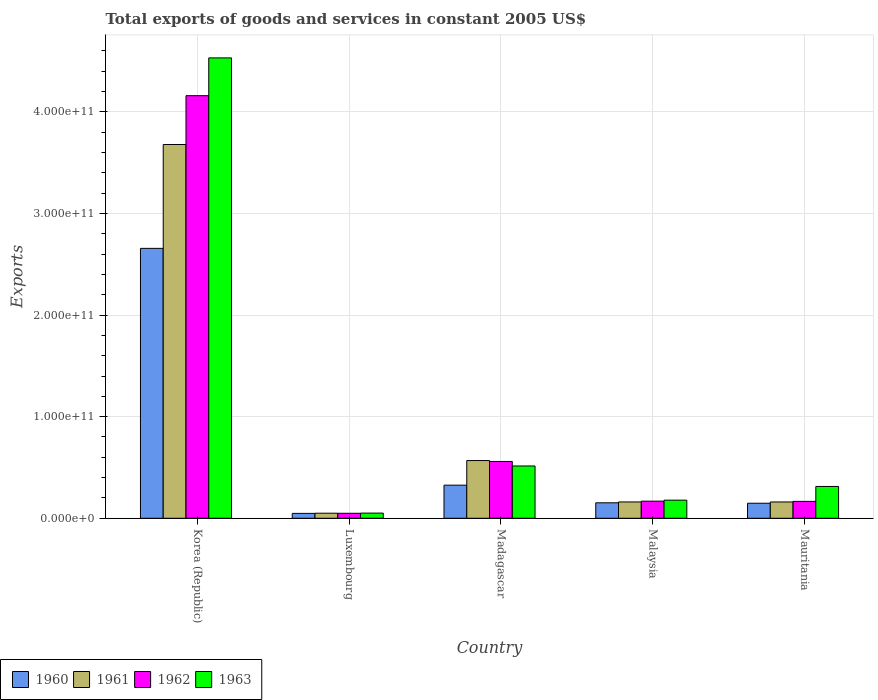
| Country | 1960 | 1961 | 1962 | 1963 |
 | --- | --- | --- | --- | --- |
 | Korea (Republic) | 2.66e+11 | 3.68e+11 | 4.16e+11 | 4.53e+11 |
 | Luxembourg | 4.81e+09 | 4.98e+09 | 4.9e+09 | 5.08e+09 |
 | Madagascar | 3.26e+10 | 5.68e+10 | 5.59e+10 | 5.15e+10 |
 | Malaysia | 1.52e+10 | 1.61e+10 | 1.68e+10 | 1.78e+10 |
 | Mauritania | 1.48e+10 | 1.61e+10 | 1.66e+10 | 3.13e+10 |